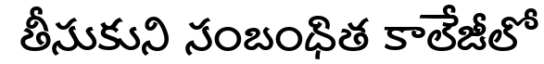
తీసుకుని సంబంధిత కాలేజీలో